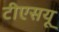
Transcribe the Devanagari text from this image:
टीएसयू